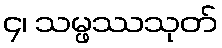
၄၊ သမ္ဖဿသုတ်